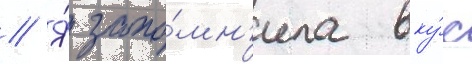
// Я́ запо́мн'ила вку́с